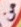
من